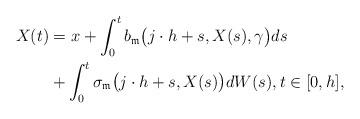
LaTeX: \begin{align*}X(t) &= x + \int_{0}^{t} b_{\mathfrak{m}}\bigl(j\cdot h + s,X(s),\gamma\bigr)ds \\&+ \int_{0}^{t} \sigma_{\mathfrak{m}}\bigl(j\cdot h + s,X(s)\bigr)dW(s), t\in [0,h],\end{align*}